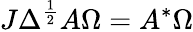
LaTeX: J\Delta^{\frac{1}{2}}A\Omega=A^{*}\Omega